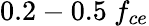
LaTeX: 0.2-0.5\ f_{ce}